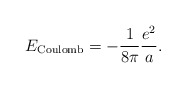
\begin{align*}E_{\rm Coulomb}=-{1\over8\pi}{e^2\over a}.\end{align*}